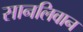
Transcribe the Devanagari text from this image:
सानलिवान